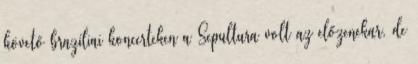
követő brazíliai koncerteken a Sepultura volt az előzenekar, de